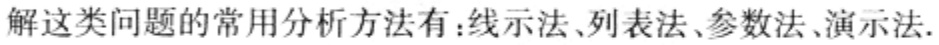
解这类问题的常用分析方法有：线示法、列表法、参数法、演示法.